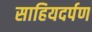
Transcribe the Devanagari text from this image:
साहियदर्पण